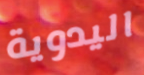
اليدوية